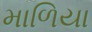
માળિયા